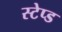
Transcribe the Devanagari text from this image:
स्टेप्ड